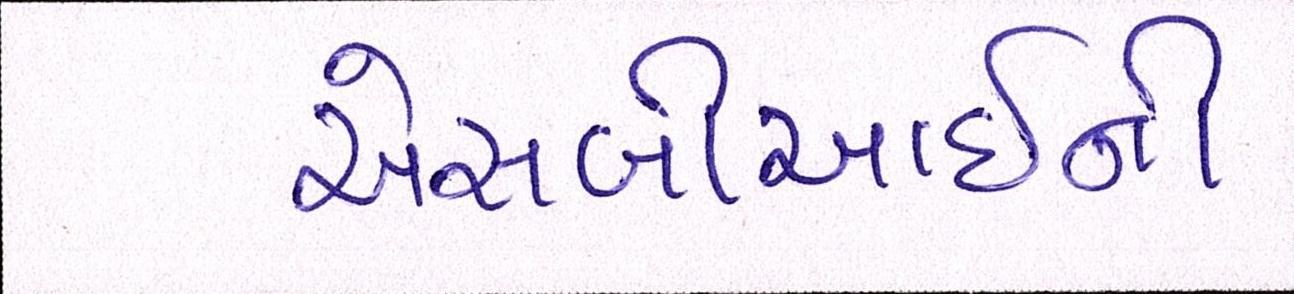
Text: એસબીઆઇની